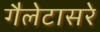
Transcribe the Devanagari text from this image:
गैलेटासरे